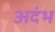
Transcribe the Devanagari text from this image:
अदंभ